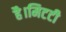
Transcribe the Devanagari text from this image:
है।मिटटी